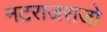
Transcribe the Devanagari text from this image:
नटराजराजो